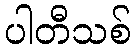
ပါတီသစ်